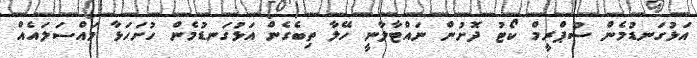
އަޅުގަނޑުމެން ސުޕްރީމް ކޯޓު ދޮށުން ނައްޓާލާނީ ހޭލާ ތިބެގެން އަޅުގަނޑުމެން ހުށަހަޅާ މައްސަލައެއް